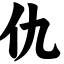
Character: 仇